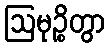
ဩမုဉ္စိတွာ